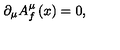
\partial _ { \mu } A _ { f } ^ { \mu } \left( x \right) = 0 ,